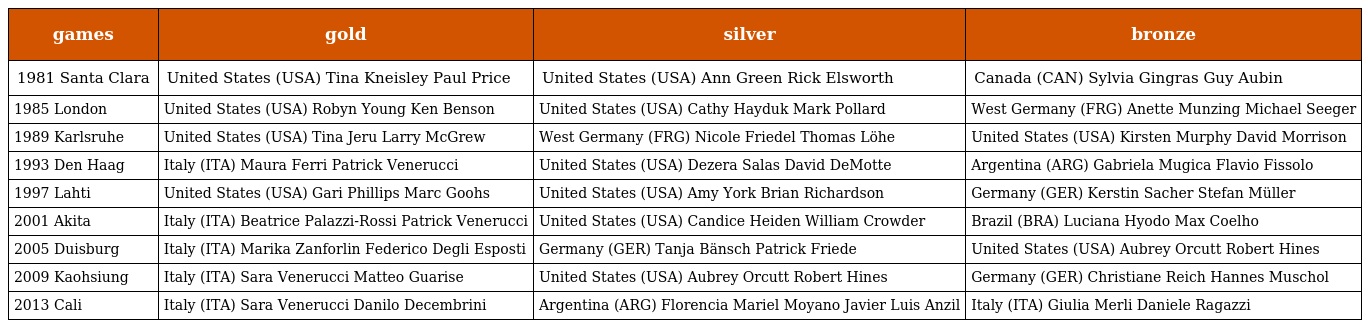
| games | gold | silver | bronze |
 | --- | --- | --- | --- |
 | 1981 Santa Clara | United States (USA) Tina Kneisley Paul Price | United States (USA) Ann Green Rick Elsworth | Canada (CAN) Sylvia Gingras Guy Aubin |
 | 1985 London | United States (USA) Robyn Young Ken Benson | United States (USA) Cathy Hayduk Mark Pollard | West Germany (FRG) Anette Munzing Michael Seeger |
 | 1989 Karlsruhe | United States (USA) Tina Jeru Larry McGrew | West Germany (FRG) Nicole Friedel Thomas Löhe | United States (USA) Kirsten Murphy David Morrison |
 | 1993 Den Haag | Italy (ITA) Maura Ferri Patrick Venerucci | United States (USA) Dezera Salas David DeMotte | Argentina (ARG) Gabriela Mugica Flavio Fissolo |
 | 1997 Lahti | United States (USA) Gari Phillips Marc Goohs | United States (USA) Amy York Brian Richardson | Germany (GER) Kerstin Sacher Stefan Müller |
 | 2001 Akita | Italy (ITA) Beatrice Palazzi-Rossi Patrick Venerucci | United States (USA) Candice Heiden William Crowder | Brazil (BRA) Luciana Hyodo Max Coelho |
 | 2005 Duisburg | Italy (ITA) Marika Zanforlin Federico Degli Esposti | Germany (GER) Tanja Bänsch Patrick Friede | United States (USA) Aubrey Orcutt Robert Hines |
 | 2009 Kaohsiung | Italy (ITA) Sara Venerucci Matteo Guarise | United States (USA) Aubrey Orcutt Robert Hines | Germany (GER) Christiane Reich Hannes Muschol |
 | 2013 Cali | Italy (ITA) Sara Venerucci Danilo Decembrini | Argentina (ARG) Florencia Mariel Moyano Javier Luis Anzil | Italy (ITA) Giulia Merli Daniele Ragazzi |